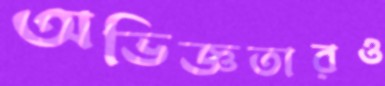
অভিজ্ঞতারও